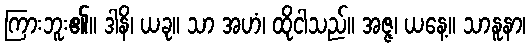
ကြားဘူး၏။ ဒါနိ၊ ယခု။ သာ အဟံ၊ ထိုငါသည်။ အဇ္ဇ၊ ယနေ့။ သာနူနာ၊